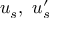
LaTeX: u _ { s } , \ u _ { s } ^ { \prime }